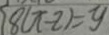
8 ( x - 2 ) = y